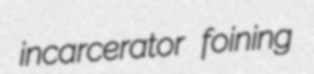
incarcerator foining